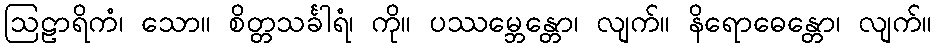
ဩဠာရိကံ၊ သော။ စိတ္တသင်္ခါရံ၊ ကို။ ပဿမ္ဘေန္တော၊ လျက်။ နိရောဓေန္တော၊ လျက်။